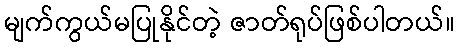
မျက်ကွယ်မပြုနိုင်တဲ့ ဇာတ်ရုပ်ဖြစ်ပါတယ်။